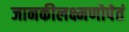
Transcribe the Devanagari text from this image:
जानकीलक्ष्मणोपेतं